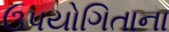
ઉપયોગિતાના